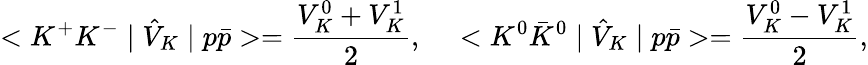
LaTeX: <K^{+}K^{-}\mid\hat{V}_{K}\mid p\bar{p}>={\frac{V_{K}^{0}+V_{K}^{1}}{2}},~~~~<K^{0}\bar{K}^{0}\mid\hat{V}_{K}\mid p\bar{p}>={\frac{V_{K}^{0}-V_{K}^{1}}{2}},